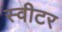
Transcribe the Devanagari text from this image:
स्वीटर